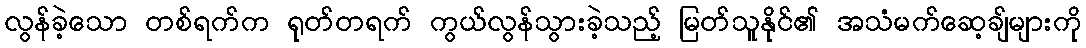
လွန်ခဲ့သော တစ်ရက်က ရုတ်တရက် ကွယ်လွန်သွားခဲ့သည့် မြတ်သူနိုင်၏ အသံမက်ဆေ့ချ်များကို